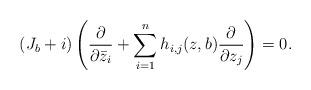
LaTeX: \begin{align*}(J_b + i)\left(\frac{\partial}{ \partial \bar z_i} + \sum_{i=1}^n h_{i,j}(z,b) \frac{\partial}{\partial z_j}\right) = 0.\end{align*}